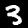
Label: 3